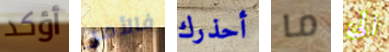
أؤكد فالأمر أحذرك ما الى